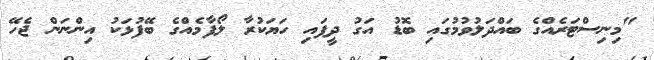
"މިިނިސްޓަރެއްގެ ބައްދަލުވުމުގައި ބޮޑު އަގު ދީފައި ހަޔަކުރާ ލޯފާމެއްގެ ބޭފުޅަކު އިންނަން ޖެހޭ